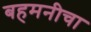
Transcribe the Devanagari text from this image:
बहमनीचा